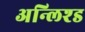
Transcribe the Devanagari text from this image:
अन्लिश्ड